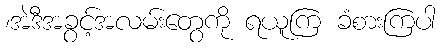
၊အဲဒီအခွင့်အလမ်းတွေကို ရယူကြ ခံစားကြပါ